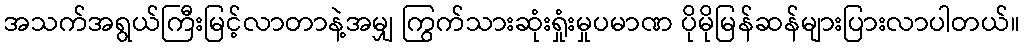
အသက်အရွယ်ကြီးမြင့်လာတာနဲ့အမျှ ကြွက်သားဆုံးရှုံးမှုပမာဏ ပိုမိုမြန်ဆန်များပြားလာပါတယ်။